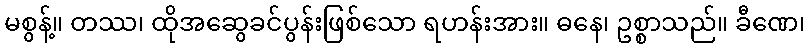
မစွန့်။ တဿ၊ ထိုအဆွေခင်ပွန်းဖြစ်သော ရဟန်းအား။ ဓနေ၊ ဥစ္စာသည်။ ခီဏေ၊